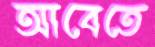
আবেতে